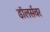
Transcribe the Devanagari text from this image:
डॉलर्सवर